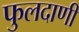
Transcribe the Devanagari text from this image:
फुलदाणी